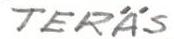
TERÄS